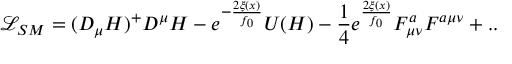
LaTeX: { \mathcal { L } } _ { S M } = ( D _ { \mu } H ) ^ { + } D ^ { \mu } H - e ^ { - \frac { 2 \xi ( x ) } { f _ { 0 } } } U ( H ) - \frac { 1 } { 4 } e ^ { \frac { 2 \xi ( x ) } { f _ { 0 } } } F _ { \mu \nu } ^ { a } F ^ { a \mu \nu } + . .